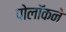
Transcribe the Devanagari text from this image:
पोलॉकने